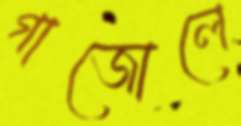
গাজোলে